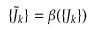
\{ { \tilde { J } } _ { k } \} = \beta ( \{ J _ { k } \} )